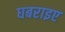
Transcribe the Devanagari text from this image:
घबराइए